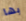
بها